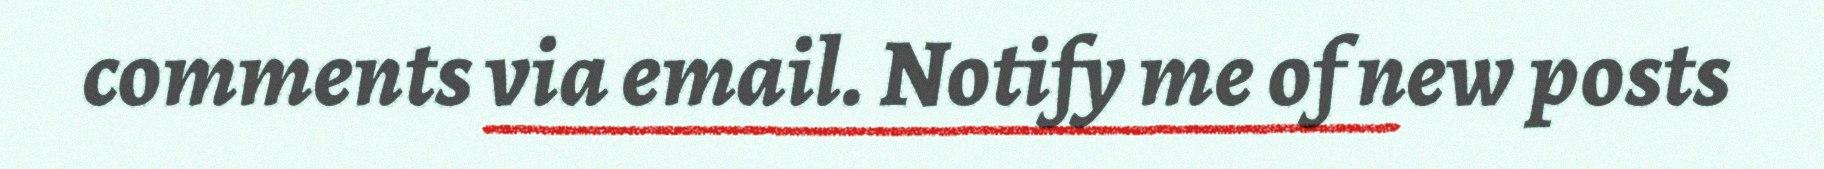
comments via email. Notify me of new posts